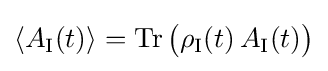
\langle A_{\text{I}}(t)\rangle =\operatorname {Tr} {\big (}\rho _{\text{I}}(t)\,A_{\text{I}}(t){\big )}